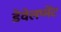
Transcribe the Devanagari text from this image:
डेवेलप्मेंट